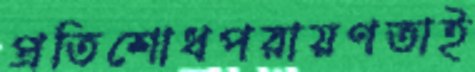
প্রতিশোধপরায়ণতাই